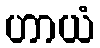
ဟာယံ